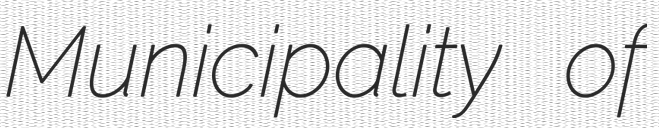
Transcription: Municipality of